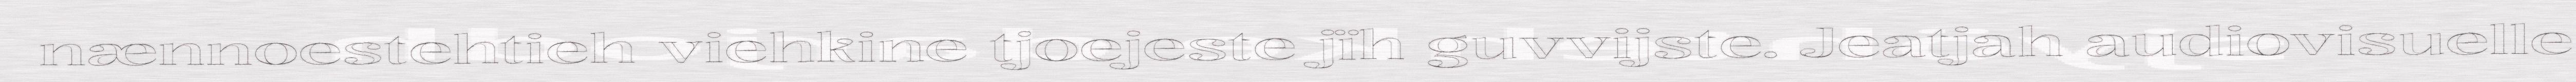
nænnoestehtieh viehkine tjoejeste jïh guvvijste. Jeatjah audiovisuelle